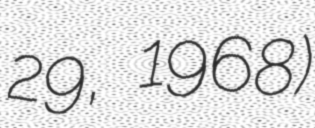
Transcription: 29, 1968)